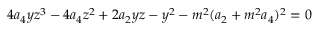
4 a _ { 4 } y z ^ { 3 } - 4 a _ { 4 } z ^ { 2 } + 2 a _ { 2 } y z - y ^ { 2 } - m ^ { 2 } ( a _ { 2 } + m ^ { 2 } a _ { 4 } ) ^ { 2 } = 0